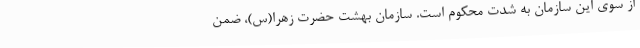
از سوی این سازمان به شدت محکوم است. سازمان بهشت حضرت زهرا(س)، ضمن